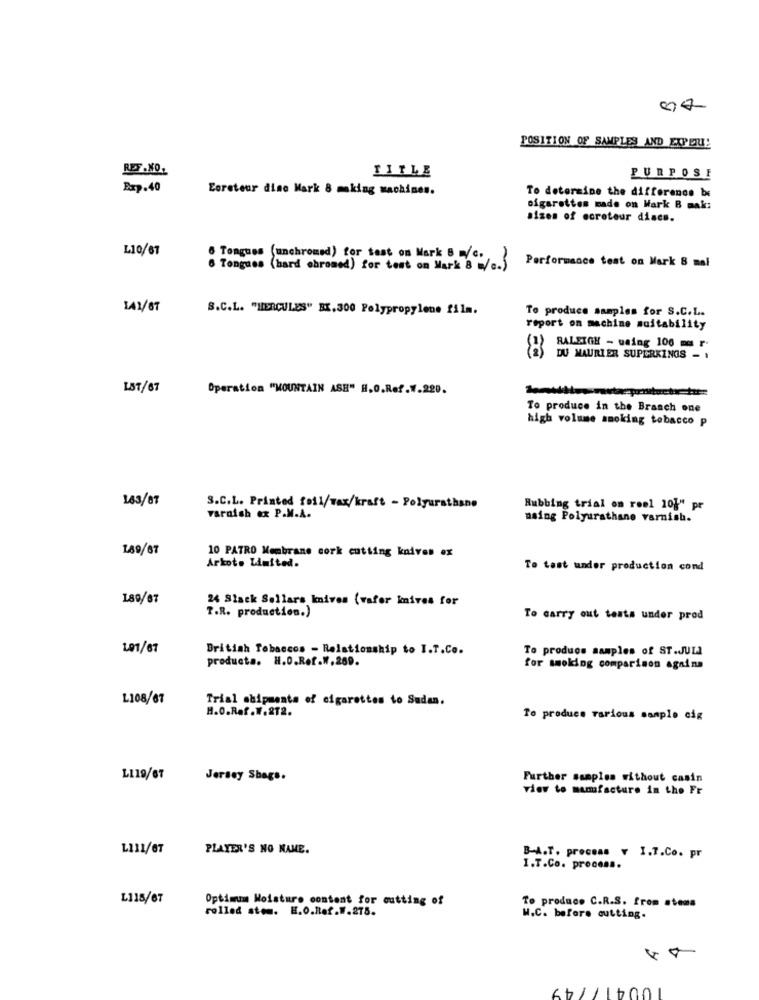
POSITION OF SAMPLES AND EXPERI!
REF.NO.
TITLE
PURPOSE
Exp.40
Eoreteur dine Mark 8 making machines.
To determine the difference be
cigarettes made on Wark B mak:
sizes of ecretour discs.
L10/67
& Tongues (unchromed) for test on Mark B w/c.
Performance test on Mark 8 mal
6 Tongues (hard chromed) for tent on Mark 8 /
141/87
S.C.L. "HERCULES" BI. 300 Polypropylene film.
To produce samples for S.C.L.
report on machine suitability
RALEIGH - using 100 mm r-
DU MAURIER SUPERKINGS - ,
LIST/87
Operation "MOUNTAIN ASE" H.O.Ref.W.220.
To produce in the Branch one
high volume smoking tobacco p
163/87
S.C.L. Printed feil/wax/kraft - Polyurethane
Rubbing trial on reel 10}" pr
varnish ex P.M.A.
naing Polyurathane varnish.
1.89/67
10 PATRO Membrane cork cutting kniven ex
Arkoto Limited.
To tast under production cond
189/67
24 Slack Sellars knives (wafer knives for
T.R. production.)
To carry out tests under prod
1.01/67
British Tobaccos - Relationship to I.T.Co.
To produce samples of ST.JULI
producta. H.O.Ref.W.269.
for smoking comparison againa
L108/07
Trial shipments of cigarettes to Sudan.
H.O.Raf.W.812.
To produce various sample cig
L119/67
Jersey Shags.
Further samples without casin
view to manufacture in the Fr
L111/67
PLAYER'S NO NAME.
B-A.T. process v I.T.Co. pr
I.T.Co. process.
L118/67
Optimum Moisture content for cutting of
rolled stow. E.O.Ref.W.275.
To produce C.R.S. from stems
W.C. before cutting.
10041/749